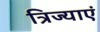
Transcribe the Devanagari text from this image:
त्रिज्याएं